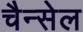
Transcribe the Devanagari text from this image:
चैन्सेल